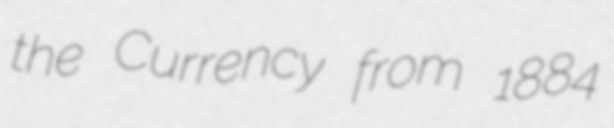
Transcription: the Currency from 1884